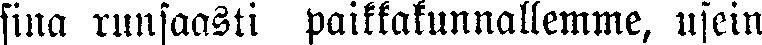
sina runsaasti paikkakunnallemme, usein